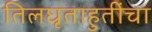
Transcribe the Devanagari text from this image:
तिलघृताहुतींचा